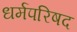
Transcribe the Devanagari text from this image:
धर्मपरिषद